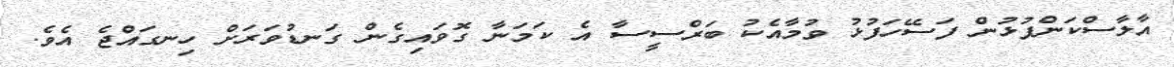
އާލާސްކަންފުޅުން ފަސޭހަފުޅު ވުމާއެކު ބަރްސީސާ އެ ކަމަނާ ގޮވައިގެން ގަނޑުވަރަށް ހިނގައްޖެ އެވެ.